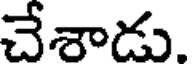
చేశాడు.